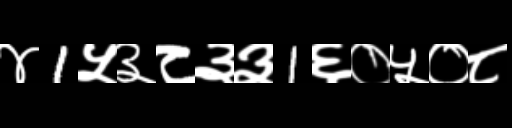
Text: ४1५३८३३1६०५०८